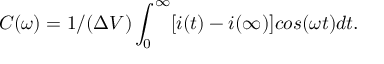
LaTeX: C ( \omega ) = 1 / ( \Delta V ) \int _ { 0 } ^ { \infty } [ i ( t ) - i ( \infty ) ] c o s ( \omega t ) d t .